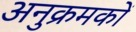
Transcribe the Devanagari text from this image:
अनुक्रमकों